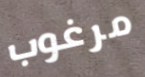
مرغوب